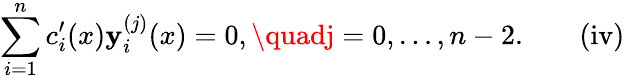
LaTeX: \sum_{i=1}^{n}c_{i}^{\prime}(x)\mathbf{y}_{i}^{(j)}(x)=0,\quadj=0,\ldots,n-2.\quad\quad\mathrm{{{(iv)}}}